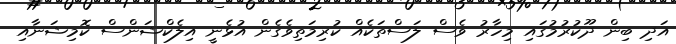
އަދި ބިން ދޫކުރުމުގައި މިހާރު ވެސް ލަސްތަކެއް ކުރިމަތިވެގެން އުޅެނީ އިލެކްޝަންސް ކޮމިޝަނާއި